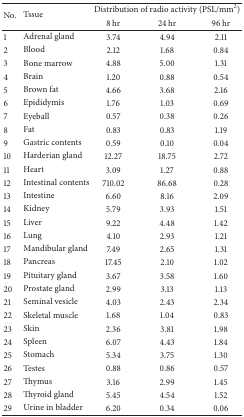
| <ROWSPAN=2> No. | <ROWSPAN=2> Tssue | <COLSPAN=3> Distribution of radio activity (PSL/mm2) |
 | 8 hr | 24 hr | 96 hr |
 | --- | --- | --- | --- | --- |
 | 1 | Adrenal gland | 3.74 | 4.94 | 2.11 |
 | 2 | Blood | 2.12 | 1.68 | 0.84 |
 | 3 | Bone marrow | 4.88 | 5.00 | 1.31 |
 | 4 | Brain | 1.20 | 0.88 | 0.54 |
 | 5 | Brown fat | 4.66 | 3.68 | 2.16 |
 | 6 | Epididymis | 1.76 | 1.03 | 0.69 |
 | 7 | Eyeball | 0.57 | 0.38 | 0.26 |
 | 8 | Fat | 0.83 | 0.83 | 1.19 |
 | 9 | Gastric contents | 0.59 | 0.10 | 0.04 |
 | 10 | Harderian gland | 12.27 | 18.75 | 2.72 |
 | 11 | Heart | 3.09 | 1.27 | 0.88 |
 | 12 | Intestinal contents | 710.02 | 86.68 | 0.28 |
 | 13 | Intestine | 6.60 | 8.16 | 2.09 |
 | 14 | Kidney | 5.79 | 3.93 | 1.51 |
 | 15 | Liver | 9.22 | 4.48 | 1.42 |
 | 16 | Lung | 4.10 | 2.93 | 1.21 |
 | 17 | Mandibular gland | 7.49 | 2.65 | 1.31 |
 | 18 | Pancreas | 17.45 | 2.10 | 1.02 |
 | 19 | Pituitary gland | 3.67 | 3.58 | 1.60 |
 | 20 | Prostate gland | 2.99 | 3.13 | 1.13 |
 | 21 | Seminal vesicle | 4.03 | 2.43 | 2.34 |
 | 22 | Skeletal muscle | 1.68 | 1.04 | 0.83 |
 | 23 | Skin | 2.36 | 3.81 | 1.98 |
 | 24 | Spleen | 6.07 | 4.43 | 1.84 |
 | 25 | Stomach | 5.34 | 3.75 | 1.30 |
 | 26 | Testes | 0.88 | 0.86 | 0.57 |
 | 27 | Thymus | 3.16 | 2.99 | 1.45 |
 | 28 | Thyroid gland | 5.45 | 4.54 | 1.52 |
 | 29 | Urine in bladder | 6.20 | 0.34 | 0.06 |